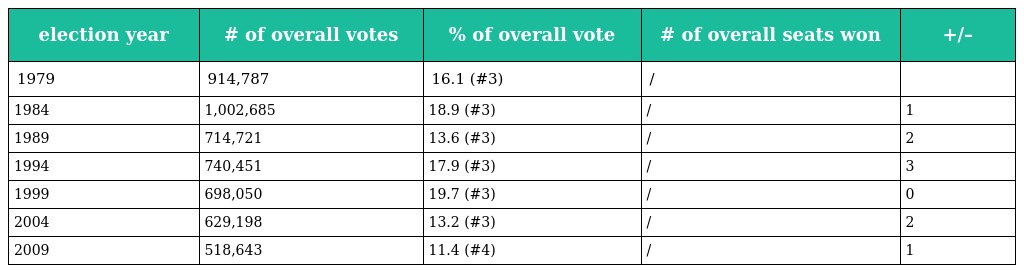
| election year | # of overall votes | % of overall vote | # of overall seats won | +/– |
 | --- | --- | --- | --- | --- |
 | 1979 | 914,787 | 16.1 (#3) | / |  |
 | 1984 | 1,002,685 | 18.9 (#3) | / | 1 |
 | 1989 | 714,721 | 13.6 (#3) | / | 2 |
 | 1994 | 740,451 | 17.9 (#3) | / | 3 |
 | 1999 | 698,050 | 19.7 (#3) | / | 0 |
 | 2004 | 629,198 | 13.2 (#3) | / | 2 |
 | 2009 | 518,643 | 11.4 (#4) | / | 1 |